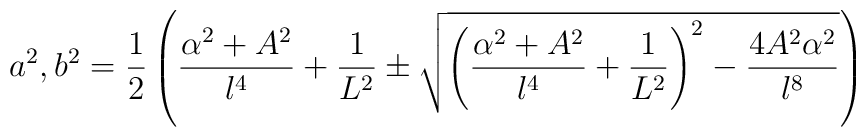
a^2,b^2=\frac{1}{2}\left(\frac{\alpha^2+A^2}{l^4}+\frac{1}{L^2}\pm\sqrt{\left(\frac{\alpha^2+A^2}{l^4}+\frac{1}{L^2}\right)^2-\frac{4A^2\alpha^2}{l^8}}\right)